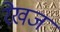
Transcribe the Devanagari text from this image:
रेखज